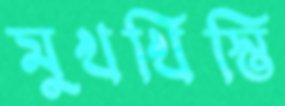
মুখখিস্তি